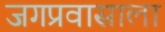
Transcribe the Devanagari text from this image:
जगप्रवासाला